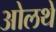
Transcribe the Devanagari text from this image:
ओलथे